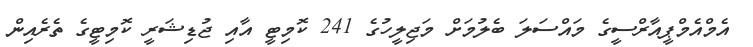
އެމްއެމްޕީއާރްސީގެ މައްސަލަ ބެލުމަށް މަޖިލީހުގެ 241 ކޮމިޓީ އާއި ޖުޑިޝަރީ ކޮމިޓީގެ ތެރެއިން